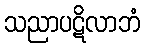
သညာပဋိလာဘံ